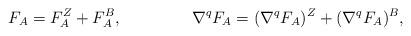
LaTeX: \begin{align*}F_A &= F_A^Z + F_A^B,& \nabla^qF_A &= (\nabla^qF_A)^Z + (\nabla^qF_A)^B,\end{align*}